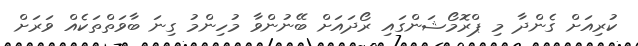
ކުރިއަށް ގެންދާ މި ޕްރޮމޯޝަންގައި ރޯދައަށް ބޭނުންވާ މުހިންމު ގިނަ ބާވަތްތަކެއް ވަރަށް